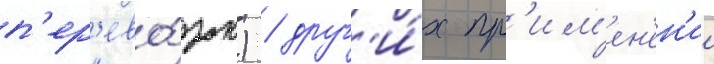
п'ер'ево́зок) / друг'и́х пр'им'ен'ен'ии